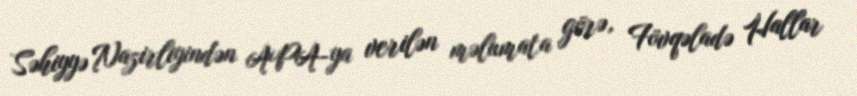
Səhiyyə Nazirliyindən APA-ya verilən məlumata görə, Fövqəladə Hallar